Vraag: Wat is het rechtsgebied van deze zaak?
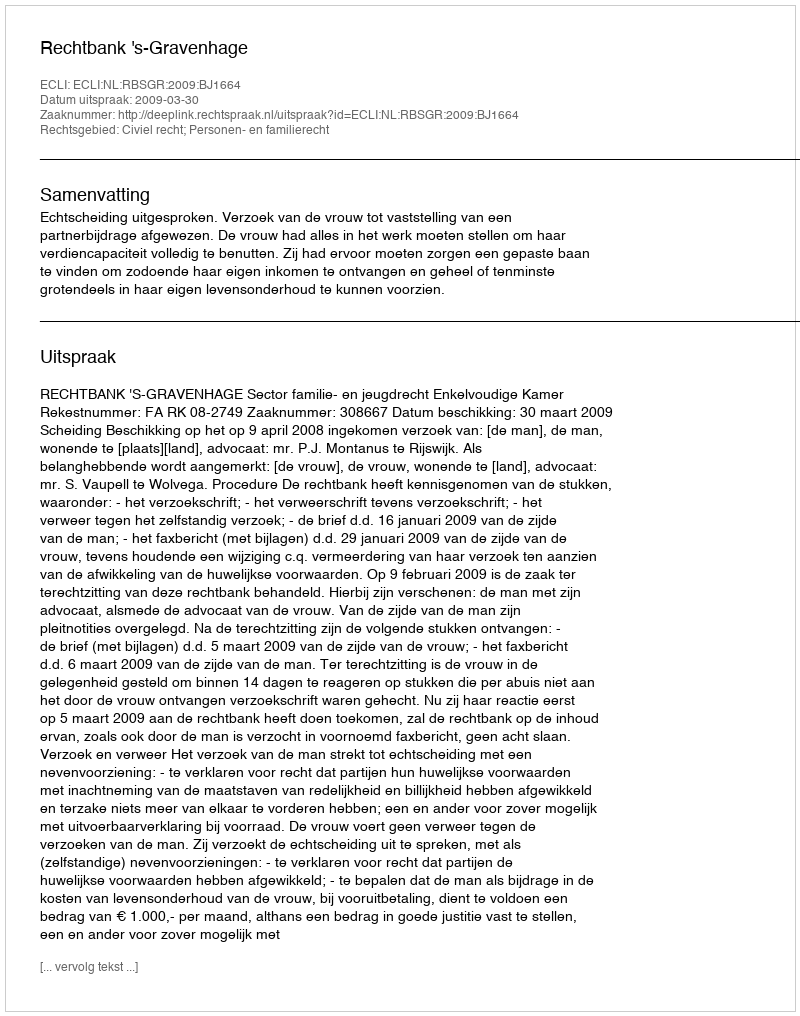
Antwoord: Civiel recht; Personen- en familierecht